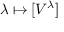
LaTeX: \lambda \mapsto [ V ^ { \lambda } ]